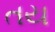
તય